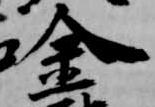
金